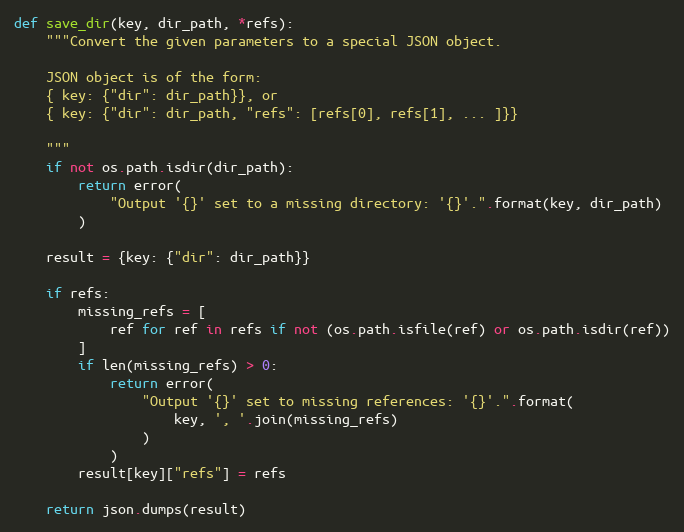
Language: Python
def save_dir(key, dir_path, *refs):
    """Convert the given parameters to a special JSON object.

    JSON object is of the form:
    { key: {"dir": dir_path}}, or
    { key: {"dir": dir_path, "refs": [refs[0], refs[1], ... ]}}

    """
    if not os.path.isdir(dir_path):
        return error(
            "Output '{}' set to a missing directory: '{}'.".format(key, dir_path)
        )

    result = {key: {"dir": dir_path}}

    if refs:
        missing_refs = [
            ref for ref in refs if not (os.path.isfile(ref) or os.path.isdir(ref))
        ]
        if len(missing_refs) > 0:
            return error(
                "Output '{}' set to missing references: '{}'.".format(
                    key, ', '.join(missing_refs)
                )
            )
        result[key]["refs"] = refs

    return json.dumps(result)